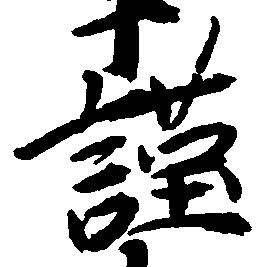
謹